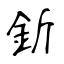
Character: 釿